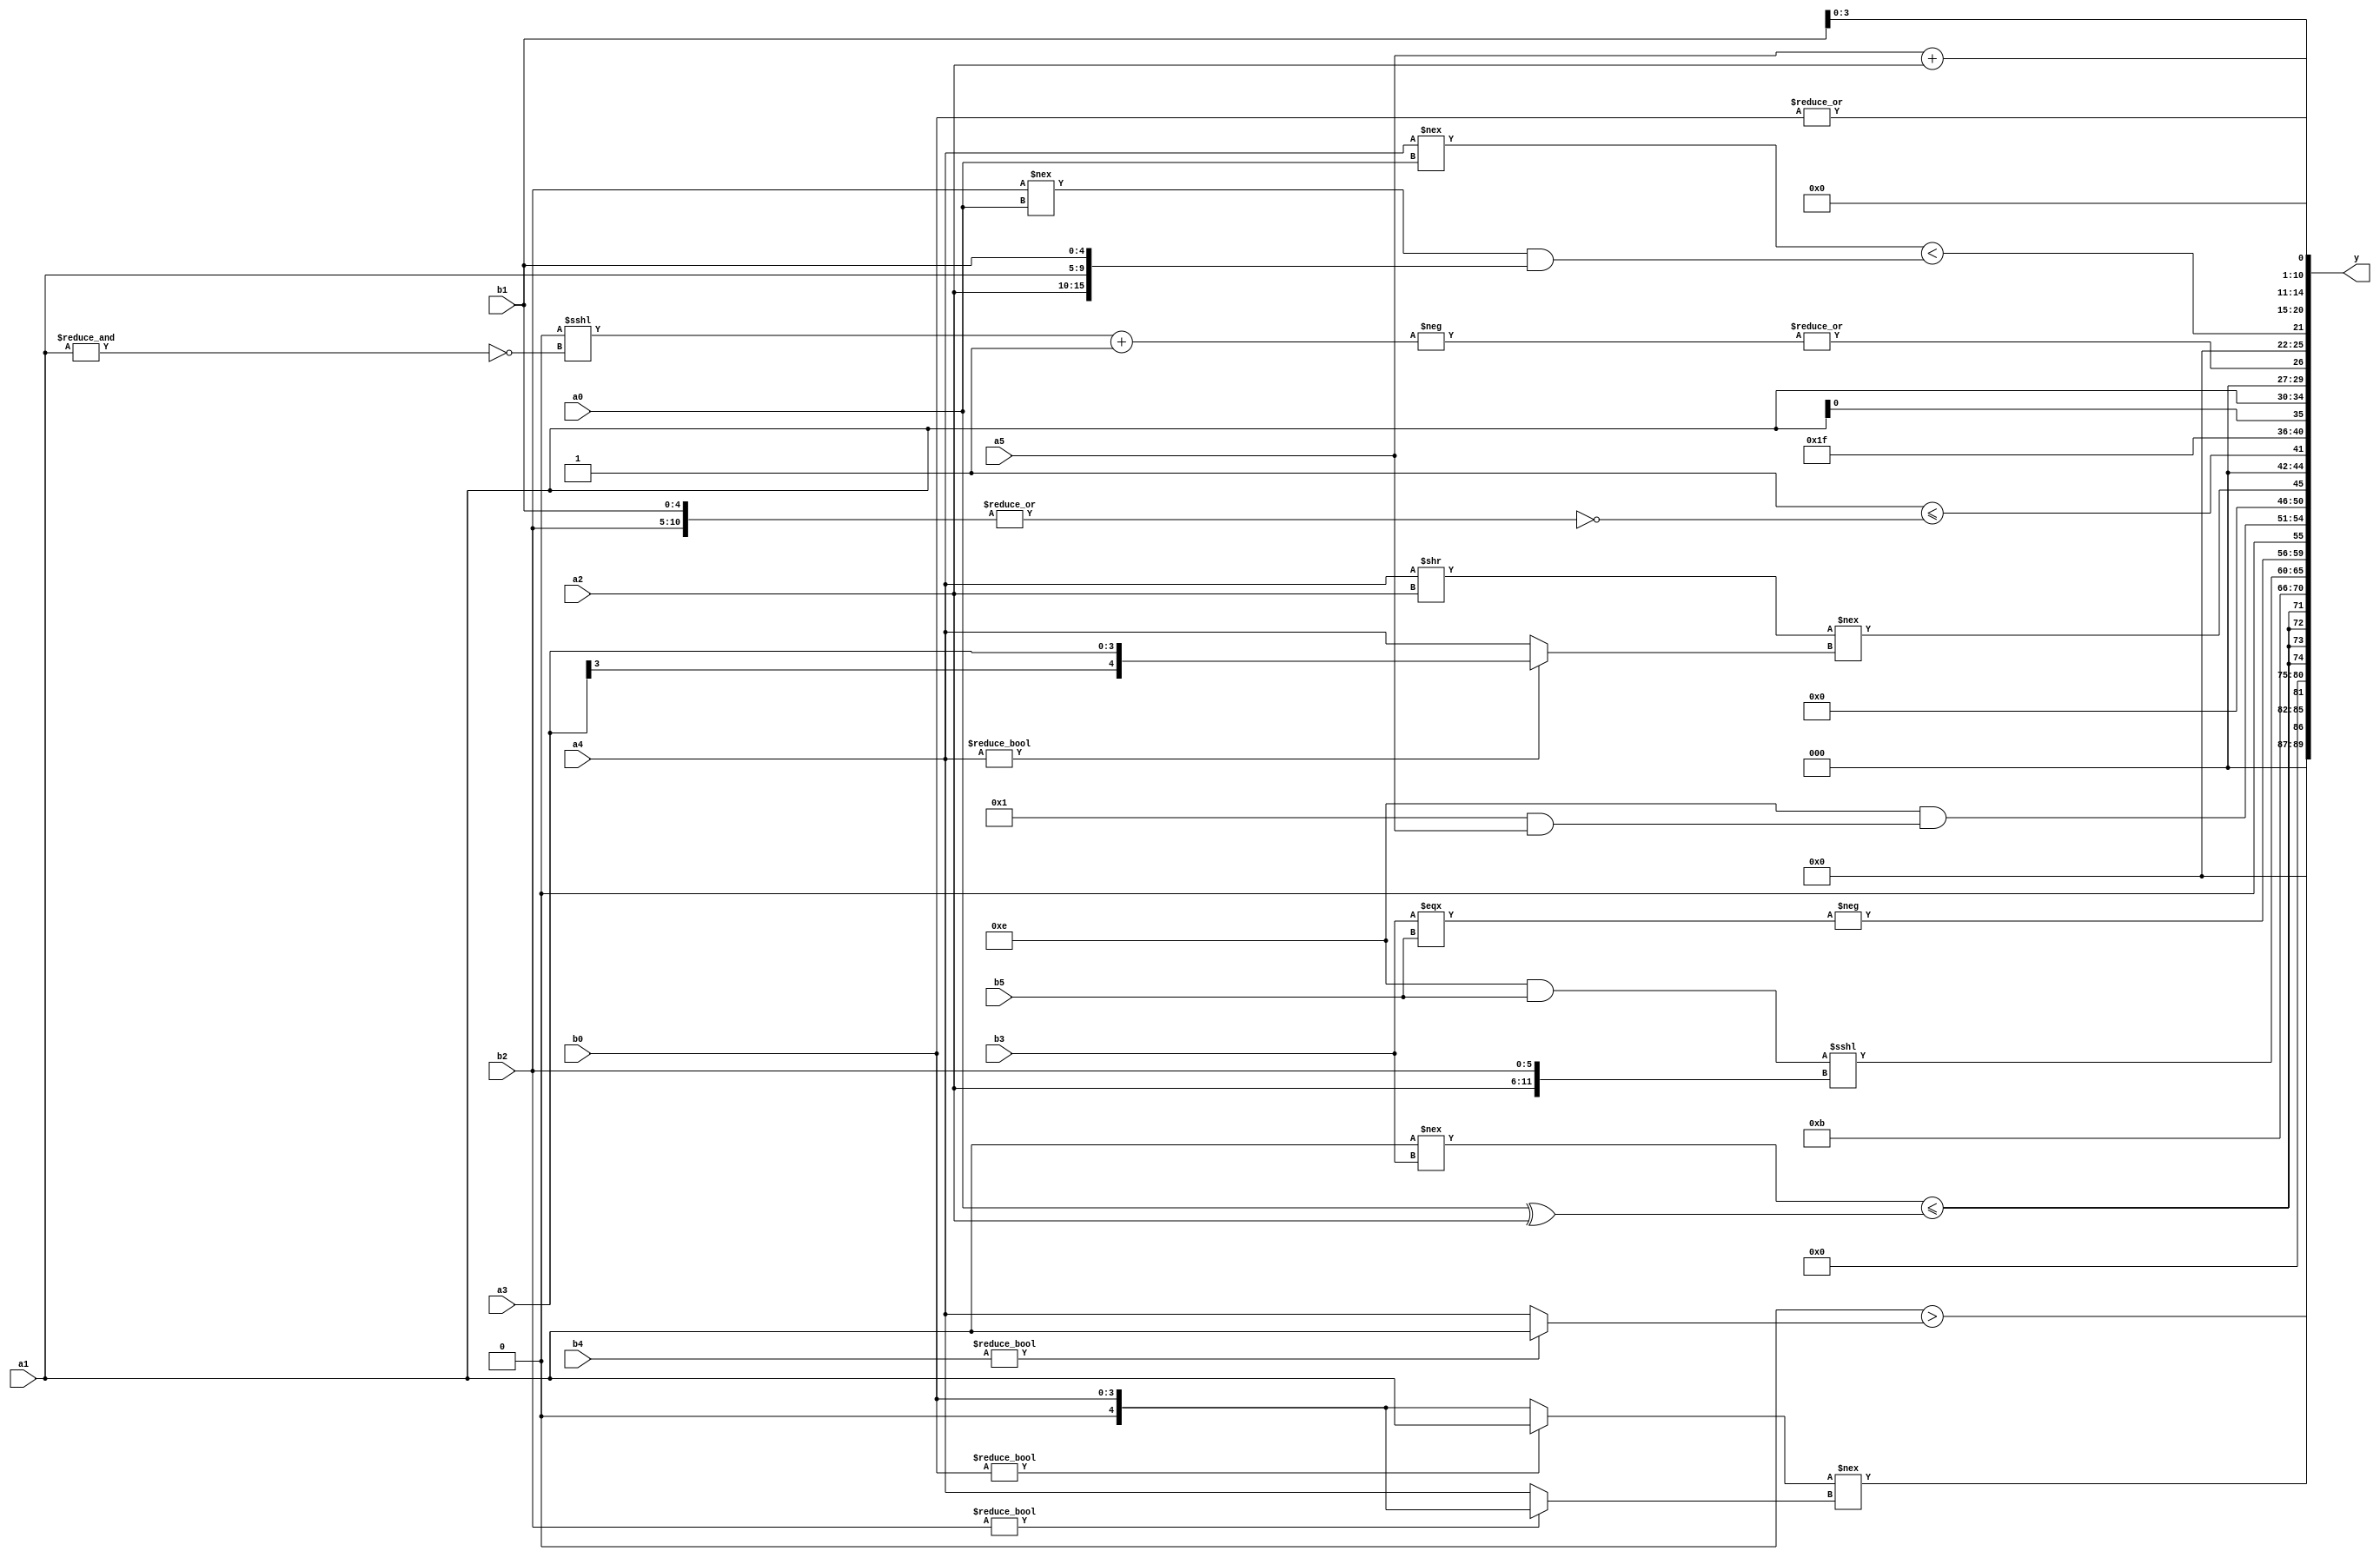
module expression_00982(a0, a1, a2, a3, a4, a5, b0, b1, b2, b3, b4, b5, y);
  input [3:0] a0;
  input [4:0] a1;
  input [5:0] a2;
  input signed [3:0] a3;
  input signed [4:0] a4;
  input signed [5:0] a5;

  input [3:0] b0;
  input [4:0] b1;
  input [5:0] b2;
  input signed [3:0] b3;
  input signed [4:0] b4;
  input signed [5:0] b5;

  wire [3:0] y0;
  wire [4:0] y1;
  wire [5:0] y2;
  wire signed [3:0] y3;
  wire signed [4:0] y4;
  wire signed [5:0] y5;
  wire [3:0] y6;
  wire [4:0] y7;
  wire [5:0] y8;
  wire signed [3:0] y9;
  wire signed [4:0] y10;
  wire signed [5:0] y11;
  wire [3:0] y12;
  wire [4:0] y13;
  wire [5:0] y14;
  wire signed [3:0] y15;
  wire signed [4:0] y16;
  wire signed [5:0] y17;

  output [89:0] y;
  assign y = {y0,y1,y2,y3,y4,y5,y6,y7,y8,y9,y10,y11,y12,y13,y14,y15,y16,y17};

  localparam [3:0] p0 = {{{(3'd3)}},{(-4'sd3),(2'd2),(5'd23)},{{(4'd10),(4'd10),(-5'sd13)}}};
  localparam [4:0] p1 = (+(~&(&{(~|{(4'd3),(2'sd0),(4'd9)}),{(~^(5'd22))}})));
  localparam [5:0] p2 = ((((-3'sd0)<(2'sd1))>>((-4'sd7)*(4'd14)))<<(((-3'sd3)>(5'd4))==((-5'sd6)<=(4'd14))));
  localparam signed [3:0] p3 = (5'd23);
  localparam signed [4:0] p4 = (!((^(4'd2))===((-3'sd3)?(-4'sd4):(2'd0))));
  localparam signed [5:0] p5 = ({(3'sd1)}?((2'd0)>=(-4'sd6)):((5'd0)===(-4'sd0)));
  localparam [3:0] p6 = ({2{((4'd0)<<<(4'd9))}}||(2'sd1));
  localparam [4:0] p7 = (|{(-4'sd1),(-(-2'sd0))});
  localparam [5:0] p8 = ((((2'd3)+(3'd7))?((-2'sd1)?(4'd4):(2'sd1)):((5'd19)<<<(2'd2)))==(((-5'sd2)?(3'd7):(5'd27))?((3'd2)+(4'sd3)):{(5'sd9),(3'd7),(3'd0)}));
  localparam signed [3:0] p9 = (~(|(~&((+((-4'sd6)>(2'sd0)))>(~((2'sd0)<=(3'd6)))))));
  localparam signed [4:0] p10 = ((&((5'sd14)<=(5'd1)))-((5'd21)===(3'd5)));
  localparam signed [5:0] p11 = ({((-4'sd6)&(2'd3)),(&(4'd2))}?(+(4'd10)):(((-3'sd1)?(2'd0):(-4'sd0))?(4'sd2):(~&(4'sd1))));
  localparam [3:0] p12 = {{1{{(-3'sd0),(-4'sd6),(5'sd2)}}},((-2'sd1)?(3'd7):((-3'sd2)>>>(5'd24))),(5'sd14)};
  localparam [4:0] p13 = ({{(-5'sd2),(3'd7)},{2{(4'd2)}},(~|(4'd2 * (4'd4)))}<=(((3'd7)?(2'sd0):(2'd2))^~((2'd2)?(5'd12):(4'sd0))));
  localparam [5:0] p14 = ((2'd0)||(2'sd1));
  localparam signed [3:0] p15 = ((((-3'sd2)?(3'sd1):(-3'sd0))?((-4'sd0)<<(4'd1)):((4'd2)?(4'd15):(2'sd1)))&&(((3'sd1)?(3'd0):(5'd2))^((5'd5)||(2'd0))));
  localparam signed [4:0] p16 = ((^(3'd5))?((3'd7)?(4'd4):(5'd10)):(-(3'sd3)));
  localparam signed [5:0] p17 = (((3'd2)?(4'd3):(3'sd1))?((5'sd6)?(-5'sd15):(3'd7)):(^{(5'd22)}));

  assign y0 = ((p10?b5:p15)>(b4?a1:a4));
  assign y1 = ((b0?a1:b0)!==(b2?b0:a4));
  assign y2 = (|(p10>>p0));
  assign y3 = {4{((a1!==b3)<=(a0^a2))}};
  assign y4 = (4'd11);
  assign y5 = ((p12&b5)<<<{a2,b2});
  assign y6 = (-(b3===b5));
  assign y7 = ((5'sd14)&(^(p4&&a5)));
  assign y8 = ({(a3?a0:a5),{p16,b0},{b3}}?((a4>>a2)!==(a4?a3:a4)):{(b5+a3),(p17>b4)});
  assign y9 = ({(~&{a0,p7})}<=(+((~|{b2,b1}))));
  assign y10 = (({1{(p15^p17)}}>>>{{p11,p5,p6}})^~{{2{{3{p7}}}},{4{p5}}});
  assign y11 = {3{{2{{2{a1}}}}}};
  assign y12 = (|(-(((p10>>p0)<<<(~&a1))+(~&(|(&p2))))));
  assign y13 = ({{(a4!==a0)}}<((b2!==a0)&&{a2,a1,b1}));
  assign y14 = {3{(a5+a2)}};
  assign y15 = {b3,p15,b1};
  assign y16 = {2{((!(p8!=p7))&&((!p1)+{3{p0}}))}};
  assign y17 = (|$unsigned(((p7?p12:p10)?$unsigned(b0):(p13))));
endmodule